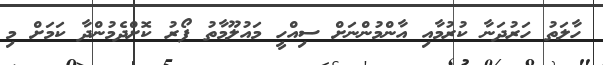
ހާލަތު ހަރުދަނާ ކުރުމާއި އާންމުންނަށް ސިއްހީ މައުލޫމާތު ފޯރު ކޮށްދެމުންދާ ކަމަށް މި